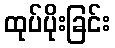
ထုပ်ပိုးခြင်း